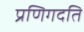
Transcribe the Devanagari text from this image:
प्रणिगदति